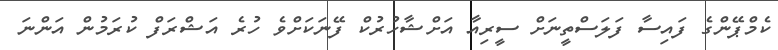
ކެމްޕޭންގެ ފައިސާ ފަލަސްތީނަށް ސީރިއާ އަށްޝާހުރުކް ފޭނަކަށްވެ ހުރެ އަޝްރަފް ކުރަމުން އަންނަ